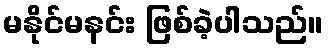
မနိုင်မနင်း ဖြစ်ခဲ့ပါသည်။